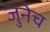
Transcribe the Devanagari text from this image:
जुनेच